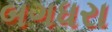
બગધરા